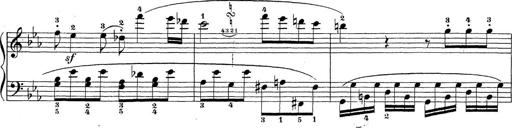
Title: Sonatina Album
Composer: Louis KÃ¶hler